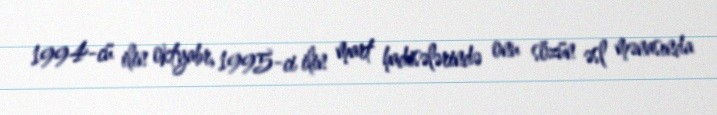
1994-cü ilin oktyabr, 1995-ci ilin mart hadisələrində onu sözün əsl mənasında